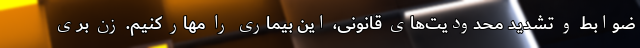
ضوابط و تشدید محدودیت‌های قانونی، این بیماری را مهار کنیم. زن بری